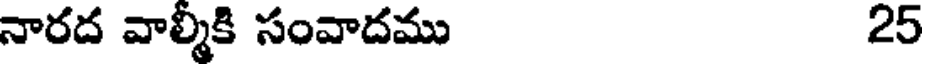
నారద వాల్మీకి సంవాదము 25